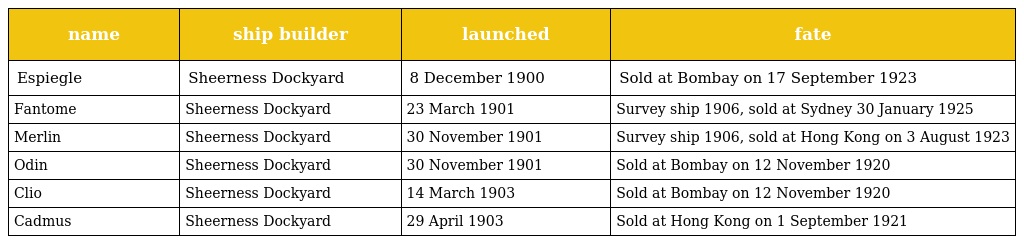
| name | ship builder | launched | fate |
 | --- | --- | --- | --- |
 | Espiegle | Sheerness Dockyard | 8 December 1900 | Sold at Bombay on 17 September 1923 |
 | Fantome | Sheerness Dockyard | 23 March 1901 | Survey ship 1906, sold at Sydney 30 January 1925 |
 | Merlin | Sheerness Dockyard | 30 November 1901 | Survey ship 1906, sold at Hong Kong on 3 August 1923 |
 | Odin | Sheerness Dockyard | 30 November 1901 | Sold at Bombay on 12 November 1920 |
 | Clio | Sheerness Dockyard | 14 March 1903 | Sold at Bombay on 12 November 1920 |
 | Cadmus | Sheerness Dockyard | 29 April 1903 | Sold at Hong Kong on 1 September 1921 |